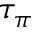
\tau _ { \pi }